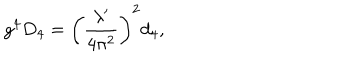
LaTeX: g ^ { 4 } D _ { 4 } = \left( \frac { \lambda ^ { \prime } } { 4 \pi ^ { 2 } } \right) ^ { 2 } d _ { 4 } ,